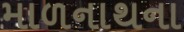
માળનાથના